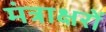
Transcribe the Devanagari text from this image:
मंत्राक्षरों